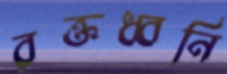
রক্তধ্বনি